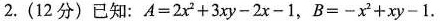
2.(12分)已知：$$A=2x^{2}+3xy-2x-1$$，$$B=-x^{2}+xy-1$$.